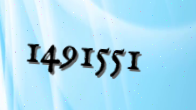
1491551